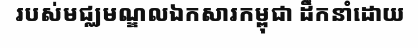
របស់មជ្ឈមណ្ឌលឯកសារកម្ពុជា ដឹកនាំដោយ